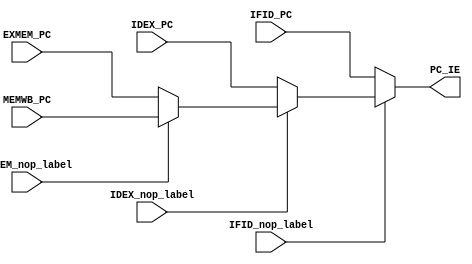
module PCforIE(IFID_PC, IDEX_PC, EXMEM_PC, MEMWB_PC, 
    IFID_nop_label, IDEX_nop_label, EXMEM_nop_label, PC_IE);
    input [31:0] IFID_PC, IDEX_PC, EXMEM_PC, MEMWB_PC;
    input IFID_nop_label, IDEX_nop_label, EXMEM_nop_label;
    output [31:0] PC_IE;
    
    assign PC_IE = (!IFID_nop_label)? IFID_PC:
                   (!IDEX_nop_label)? IDEX_PC:
                   (!EXMEM_nop_label)? EXMEM_PC: MEMWB_PC; 
endmodule